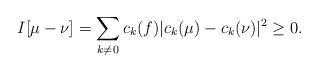
LaTeX: \begin{align*} I[\mu-\nu] & = \sum_{k \neq 0} c_k(f) | c_k(\mu) - c_k(\nu) |^2 \geq 0. \end{align*}